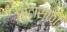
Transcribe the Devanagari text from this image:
घाटासाठी